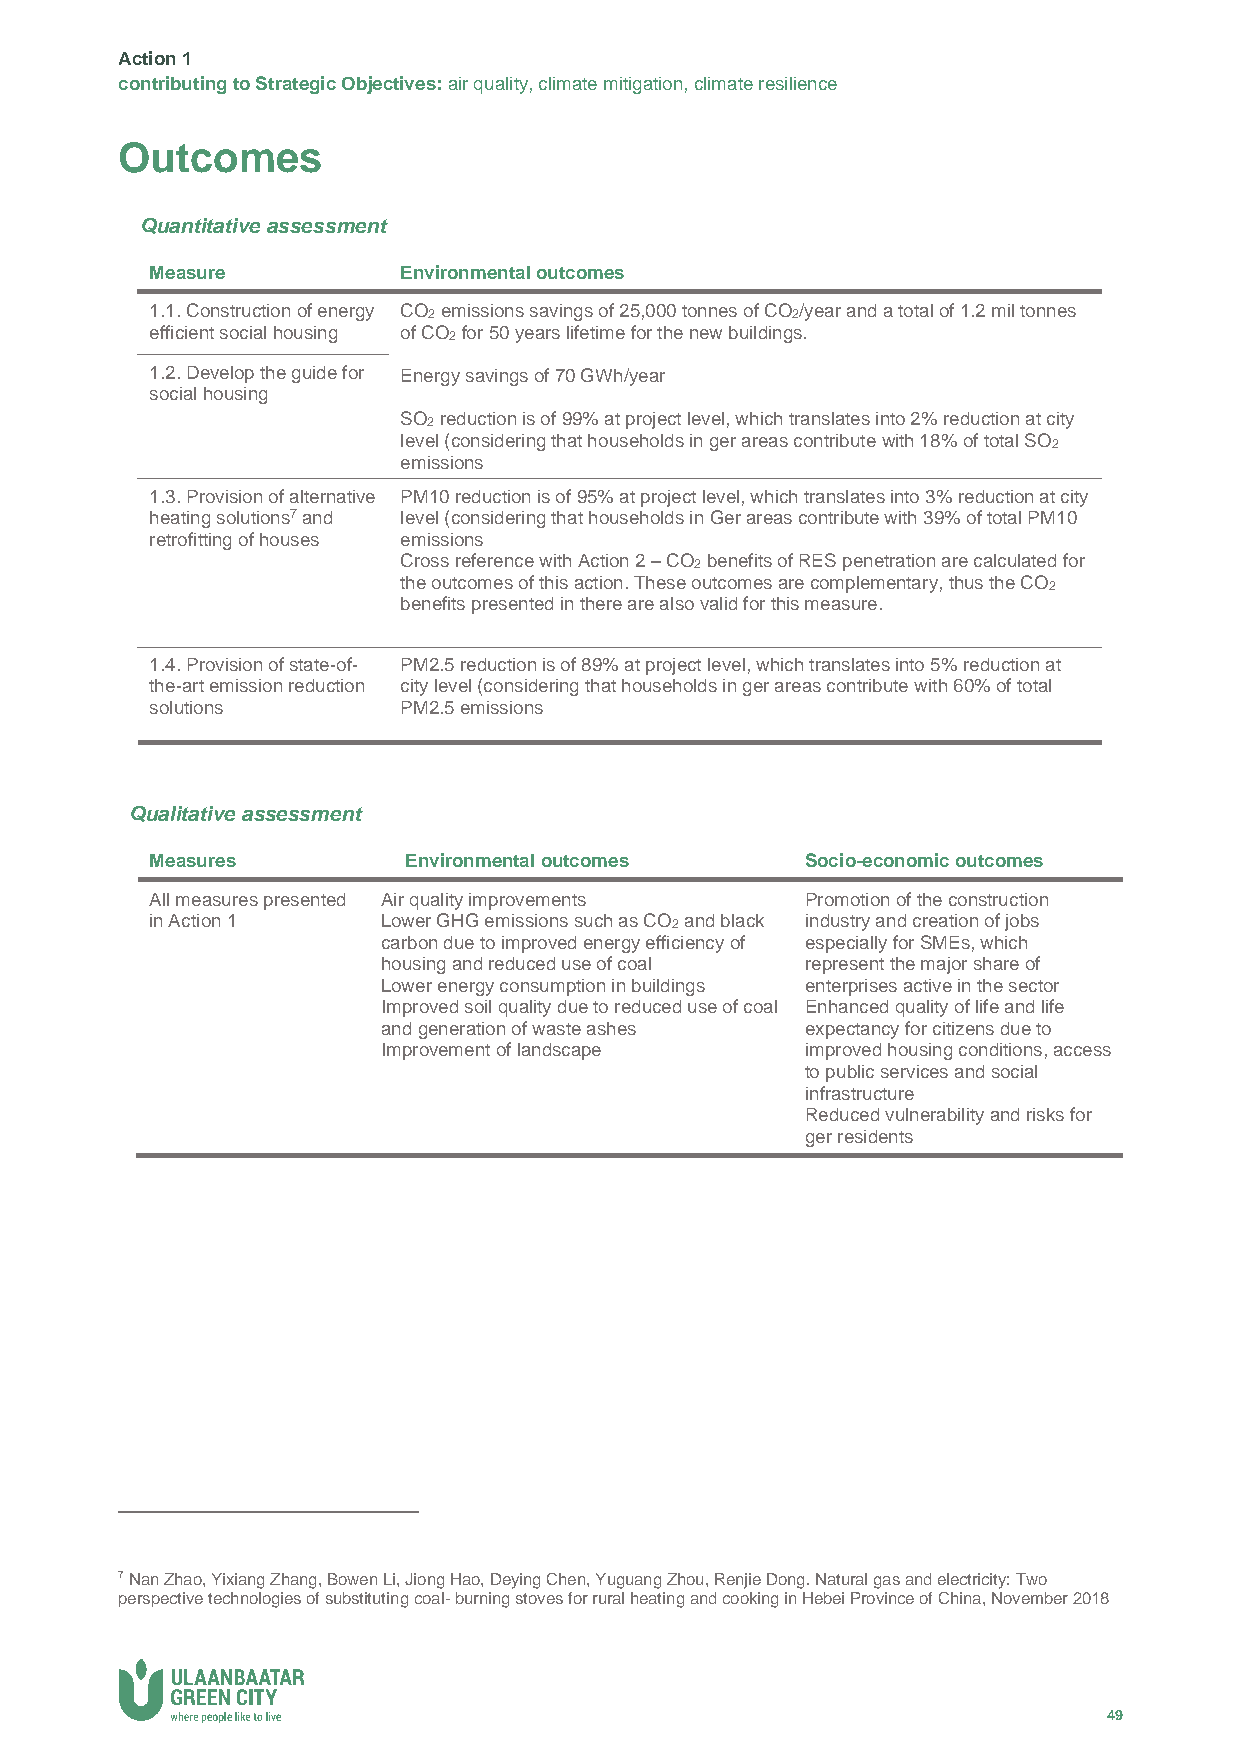
Action 1
 contributing to Strategic Objectives: air quality, climate mitigation, climate resilience
 Outcomes
 Quantitative assessment
 Measure         Environmental outcomes
 1.1. Construction of energy CO2 emissions savings of 25,000 tonnes of CO2/year and a total of 1.2 mil tonnes
 efficient social housing of CO2 for 50 years lifetime for the new buildings.
 1.2. Develop the guide for Energy savings of 70 GWh/year
 social housing
 SO2 reduction is of 99% at project level, which translates into 2% reduction at city
 level (considering that households in ger areas contribute with 18% of total SO2
 emissions
 1.3. Provision of alternative PM10 reduction is of 95% at project level, which translates into 3% reduction at city
 heating solutions7 and level (considering that households in Ger areas contribute with 39% of total PM10
 retrofitting of houses emissions
 Cross reference with Action 2 – CO2 benefits of RES penetration are calculated for
 the outcomes of this action. These outcomes are complementary, thus the CO2
 benefits presented in there are also valid for this measure.
 1.4. Provision of state-of- PM2.5 reduction is of 89% at project level, which translates into 5% reduction at
 the-art emission reduction city level (considering that households in ger areas contribute with 60% of total
 solutions       PM2.5 emissions
 Qualitative assessment
 Measures         Environmental outcomes    Socio-economic outcomes
 All measures presented Air quality improvements Promotion of the construction
 in Action 1    Lower GHG emissions such as CO2 and black industry and creation of jobs
 carbon due to improved energy efficiency of especially for SMEs, which
 housing and reduced use of coal represent the major share of
 Lower energy consumption in buildings enterprises active in the sector
 Improved soil quality due to reduced use of coal Enhanced quality of life and life
 and generation of waste ashes expectancy for citizens due to
 Improvement of landscape    improved housing conditions, access
 to public services and social
 infrastructure
 Reduced vulnerability and risks for
 ger residents
 7 Nan Zhao, Yixiang Zhang, Bowen Li, Jiong Hao, Deying Chen, Yuguang Zhou, Renjie Dong. Natural gas and electricity: Two
 perspective technologies of substituting coal- burning stoves for rural heating and cooking in Hebei Province of China, November 2018
 49